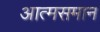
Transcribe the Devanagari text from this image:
आत्मसमान